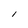
Character: l